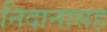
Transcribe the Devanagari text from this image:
निदानासह